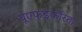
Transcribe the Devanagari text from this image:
यूएफ्ईकरिता